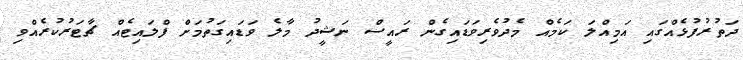
ދަތުރުފުޅެއްގައި އަމިއްލަ ކަމެއް މެދުވެރިވަޑައިގެން ރައީސް ނަޝީދު މާލެ ވަޑައިގަތުމަށް ފްލައިޓެއް ޗާޓަރުކުރެއްވި